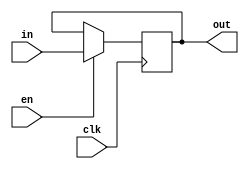


module vDFFE(clk, en, in, out) ;
  parameter n = 16;  // width
  input clk, en ;
  input  [n-1:0] in ;
  output [n-1:0] out ;
  reg    [n-1:0] out ;
  wire   [n-1:0] next_out ;

  assign next_out = en ? in : out;

  always @(posedge clk)
    out = next_out;  
endmodule


module MUX1b(a2,a1,s,b); //the multiplexer decoder, and flip_flop modules are intellectual property of Tor Aamodt from slide set 6
input[15:0] a2, a1;
input s;
output[15:0] b;
reg [15:0]b;

always@(*)begin
case(s)
1'b1:b=a2;
1'b0:b=a1;
default: b= {16{1'b0}};
endcase
end
endmodule

module MUX2b(a0,a1,a2,a3,a4,a5,a6,a7,s,b); //the multiplexer decoder, and flip_flop modules are intellectual property of Tor Aamodt from slide set 6
input[15:0] a0,a1,a2,a3,a4,a5,a6,a7;
input [7:0] s;
output [15:0] b;
reg [15:0] b;

always@(*)begin // my always block is always initiating
case(s)
8'b00000001: b = a0;
8'b00000010: b = a1;
8'b00000100: b = a2;
8'b00001000: b = a3;
8'b00010000: b = a4;
8'b00100000: b = a5;
8'b01000000: b = a6;
8'b10000000: b = a7;

default: b= {16{1'b0}};
endcase
end
endmodule





module bdecoder(a,b); // decoder which converts a 3 bit number to an 8bit one-hot code
parameter n=3;
parameter m=8;

input [n-1:0] a;
output[m-1:0] b;

wire[m-1:0]b=1<<a; //shifts the 1 by a, where a is the number of bits
endmodule



module regfile(data_in,writenum,write,readnum,clk,data_out); //my inputs and outputs
input [15:0] data_in;
input [2:0] writenum, readnum;
input write, clk;
output [15:0] data_out;
wire [7:0] wnumoh, rnumoh;// my rnumoh also means "readnum-one-hot"
wire [7:0] address;
wire [7:0] address1;
wire [15:0] R0,R1,R2,R3,R4,R5,R6,R7;


assign address=({8{write}} & wnumoh); // this is ANDing my write to my wnumoh, where wnumoh is "writenum-one-hot"

bdecoder A1(writenum,wnumoh);


 
     vDFFE M0(clk, address[0],data_in,R0) ; // from this instantiation of M0 to M7, my data_in is being driven into one of my register files depending on the inputs
     vDFFE M1(clk, address[1],data_in,R1) ;
     vDFFE M2(clk, address[2],data_in,R2) ;
     vDFFE M3(clk, address[3],data_in,R3) ;
     vDFFE M4(clk, address[4],data_in,R4) ;
     vDFFE M5(clk, address[5],data_in,R5) ;
     vDFFE M6(clk, address[6],data_in,R6) ;
     vDFFE M7(clk, address[7],data_in,R7) ;

bdecoder A2(readnum, rnumoh);

MUX2b  Rout(R0,R1,R2,R3,R4,R5,R6,R7,rnumoh,data_out); // this multiplexer is choosing which value is going to be driven onto data_out




endmodule